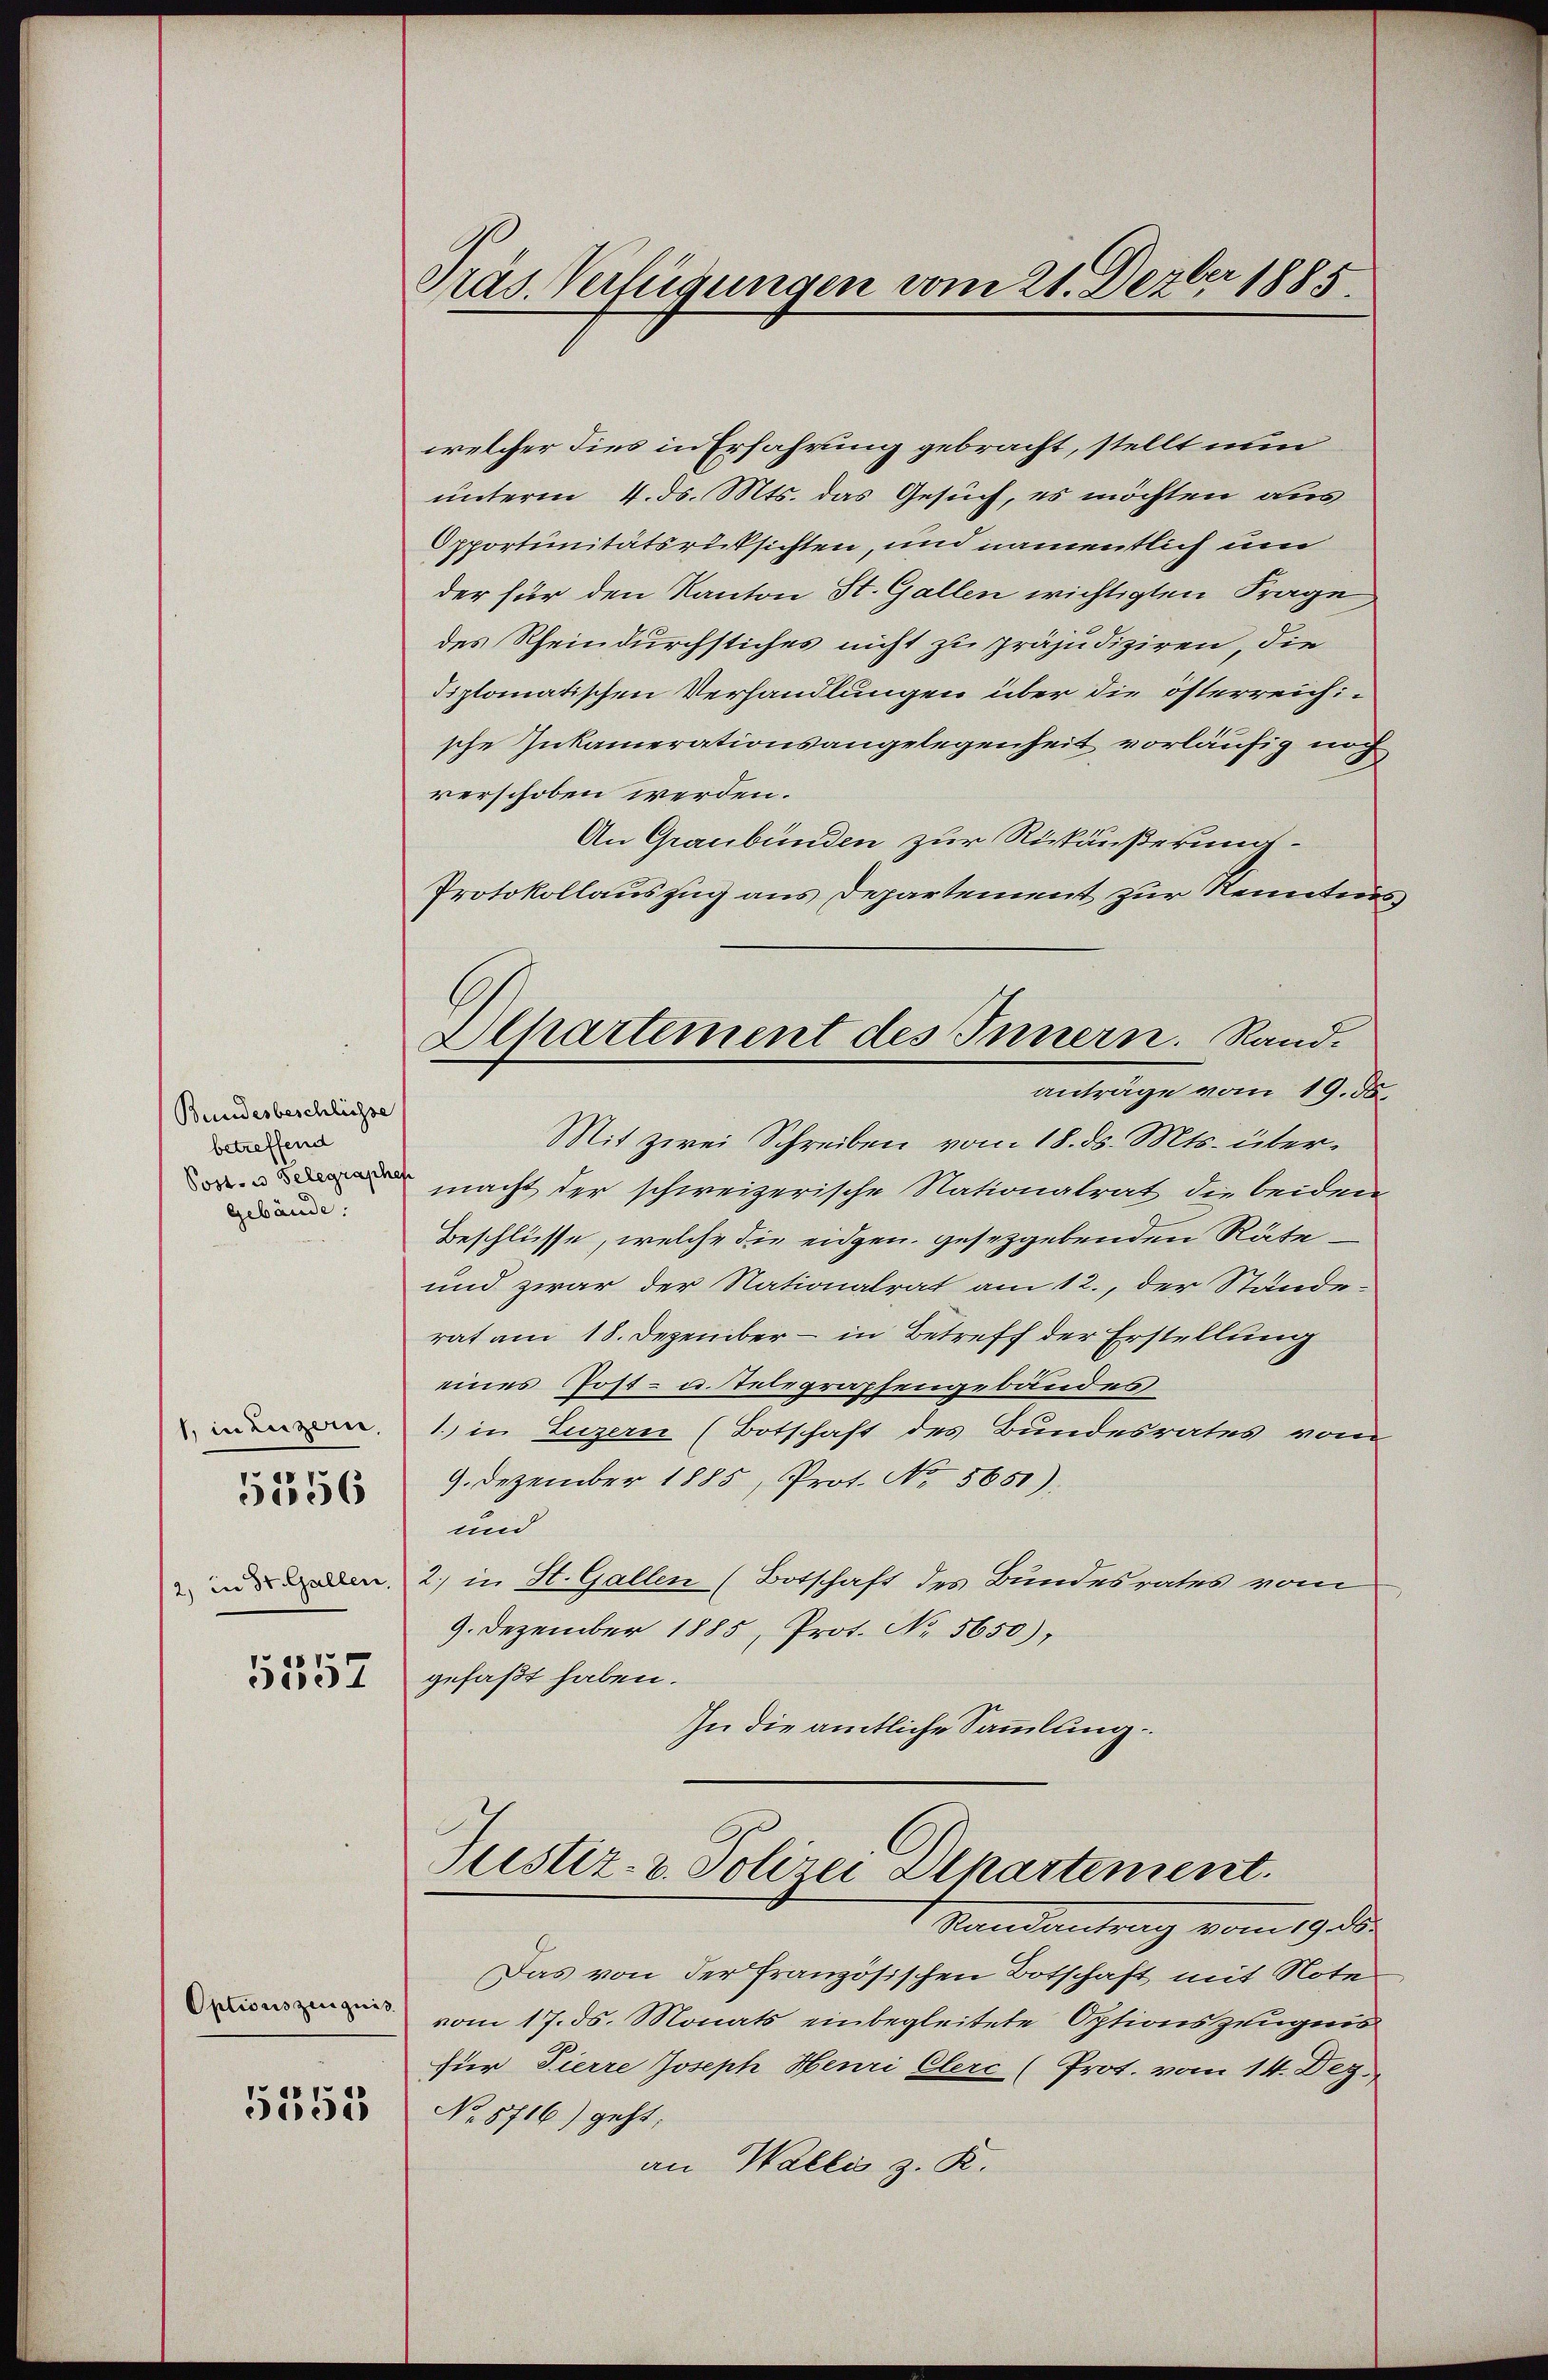
Bundesbeschliesse
betreffend
Post- u Gelegraphe
Gebäude.

1, in Luzern,

51256

5557

Optionszeugnis
5355

Präs. Verfügungen vom 21. Dezber 1885.

welcher dies in Erfahrung gebracht, stellt nun
unterm 4. ds. Mts. das Gesuch, es möchten aus
Opportunitätsrücksichten, und namentlich um
der für den Kanton St. Gallen wichtigten Frage,
des Rheindurchstiches nicht zu präjudiziren, die
diplomatischen Verhandlungen über die österreichische Inkamerationsangelegenheit vorläufig noch
verschoben werden.
An Graubünden zur Rückäußerung¬
Protokollauszug aus Departement zur Kenntnis
Mit zwei Schreiben vom 18. ds. Mts. übermacht der schweizerische Nationalrat die beiden
Beschlüsse, welche die eidgen. gesetzgebenden Räte¬
und zwar der Nationalrat am 12., der Stände-
rat am 18. Dezember – in Betreff der Erstellung
eines Post- u. Telegraphengebäudes
1.) in Luzern (Botschaft des Bundesrates vom
9. Dezember 1885, Prot. No. 5651).
und
und den 2) in St. Gallen (Botschaft des Bundesrates vom
9. Dezember 1885, Prot. No. 5650),
gefaßt haben.
In die amtliche Sammlung.

Alpartement des Innern. Rand.
anträge vom 19. d.

Justiz- & Polizei Departement.
Randantrag vom 19. den

Das von der französischen Botschaft mit Note
vom 17. ds. Monats einbegleitete Optionszeugnis
für Tierre Joseph Henri Clerc (Prot. vom 14. Dez.
No 8716) geht;
an Wallis z. R.